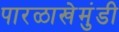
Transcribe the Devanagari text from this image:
पारळाखेमुंडी